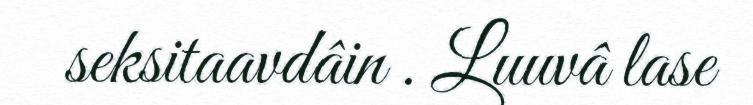
seksitaavdâin . Luuvâ lase